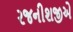
રજનીશજીએ